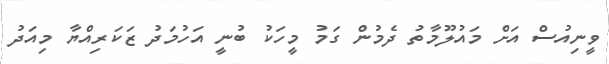
ވީނިއުސް އަށް މައުލޫމާތު ދެމުން ގަމު މީހަކު ބުނީ އަހުމަދު ޒަކަރިއްޔާ މިއަދު